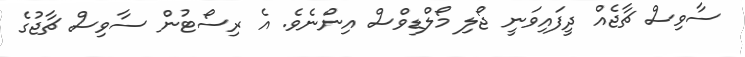
ސާވިސް ޗާޖެއް ދީފައިވަނީ ޖޯލި މޯލްޑިވްސް އިންނެވެ. އެ ރިސޯޓުން ސާވިސް ޗާޖުގެ